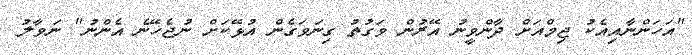
"އަހަންނާއިއެކު ޖިމްއަށް ދާންވީނު އޭރުން ވަގުތު ގިނަވަގެން އުޅޭކަށް ނުޖެހޭނެ އެންނު" ނަވާލު